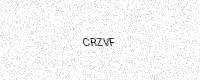
Text: CRZVF